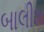
બાલીશ